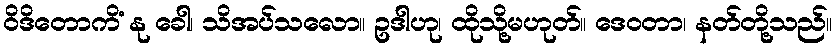
ဝိဒိတောကိံ နု ခေါ၊ သိအပ်သလော။ ဥဒါဟု၊ ထိုသို့မဟုတ်။ ဒေဝတာ၊ နတ်တို့သည်။